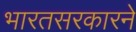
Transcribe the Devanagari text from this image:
भारतसरकारने